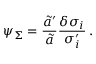
\psi _ { \Sigma } = { \frac { \widetilde { a } ^ { \prime } } { \widetilde { a } } } { \frac { \delta \sigma _ { i } } { \sigma _ { i } ^ { \prime } } } \, .